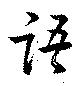
語